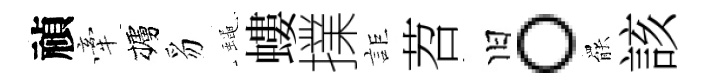
禎牽櫨豸蠅螻擈詎苕旧。罷該